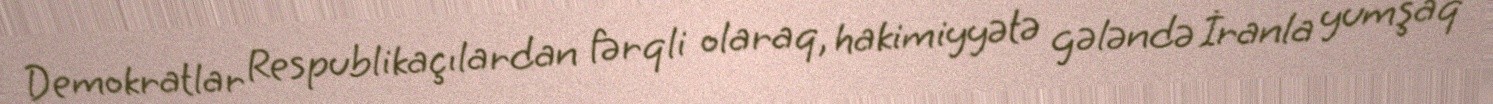
Demokratlar Respublikaçılardan fərqli olaraq, hakimiyyətə gələndə İranla yumşaq